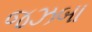
જઝબા